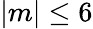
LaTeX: |m|\leq 6